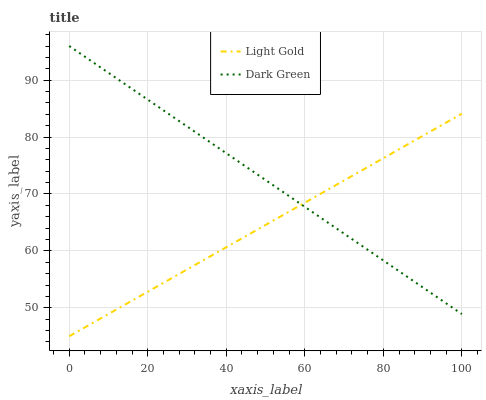
| xaxis_label | Light Gold | Dark Green |
 | --- | --- | --- |
 | 0 | 45 | 96 |
 | 11.1 | 49.3 | 90.8 |
 | 22.2 | 53.7 | 85.5 |
 | 33.3 | 58 | 80.3 |
 | 44.4 | 62.4 | 75.1 |
 | 55.6 | 66.7 | 69.8 |
 | 66.7 | 71.1 | 64.6 |
 | 77.8 | 75.4 | 59.4 |
 | 88.9 | 79.8 | 54.1 |
 | 100 | 84.1 | 48.9 |